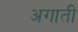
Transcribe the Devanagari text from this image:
अगाती